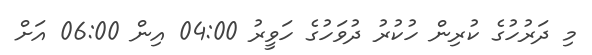
މި ދަރުހުގެ ކުރިން ހުކުރު ދުވަހުގެ ހަވީރު 04:00 އިން 06:00 އަށް